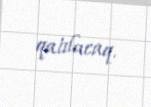
qatılacaq.